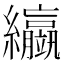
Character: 䌱